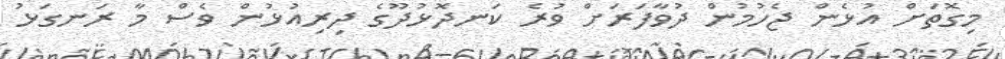
މިގޮތަށް އުޅެން ޖެހުމުން ދުވާފަރަށް ވުރެ ކަނދޮޅުދޫގެ ދިރިއުޅުން ވެސް މާ ރަނގަޅު